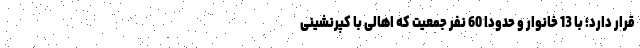
قرار دارد؛ با 13 خانوار و حدودا 60 نفر جمعیت که اهالی با کپرنشینی